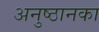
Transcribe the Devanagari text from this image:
अनुष्ठानका